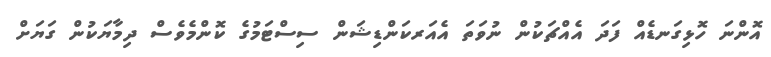
އޮންނަ ހޮޅިގަނޑެއް ފަދަ އެއްޗަކުން ނުވަތަ އެއަރކަންޑިޝަން ސިސްޓަމުގެ ކޮންމެވެސް ދިމާޔަކުން ގަޔަށް